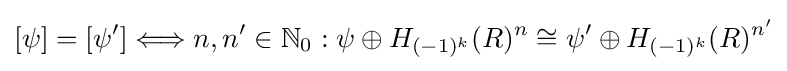
[\psi ]=[\psi ']\Longleftrightarrow n,n'\in {\mathbb {N} }_{0}:\psi \oplus H_{(-1)^{k}}(R)^{n}\cong \psi '\oplus H_{(-1)^{k}}(R)^{n'}